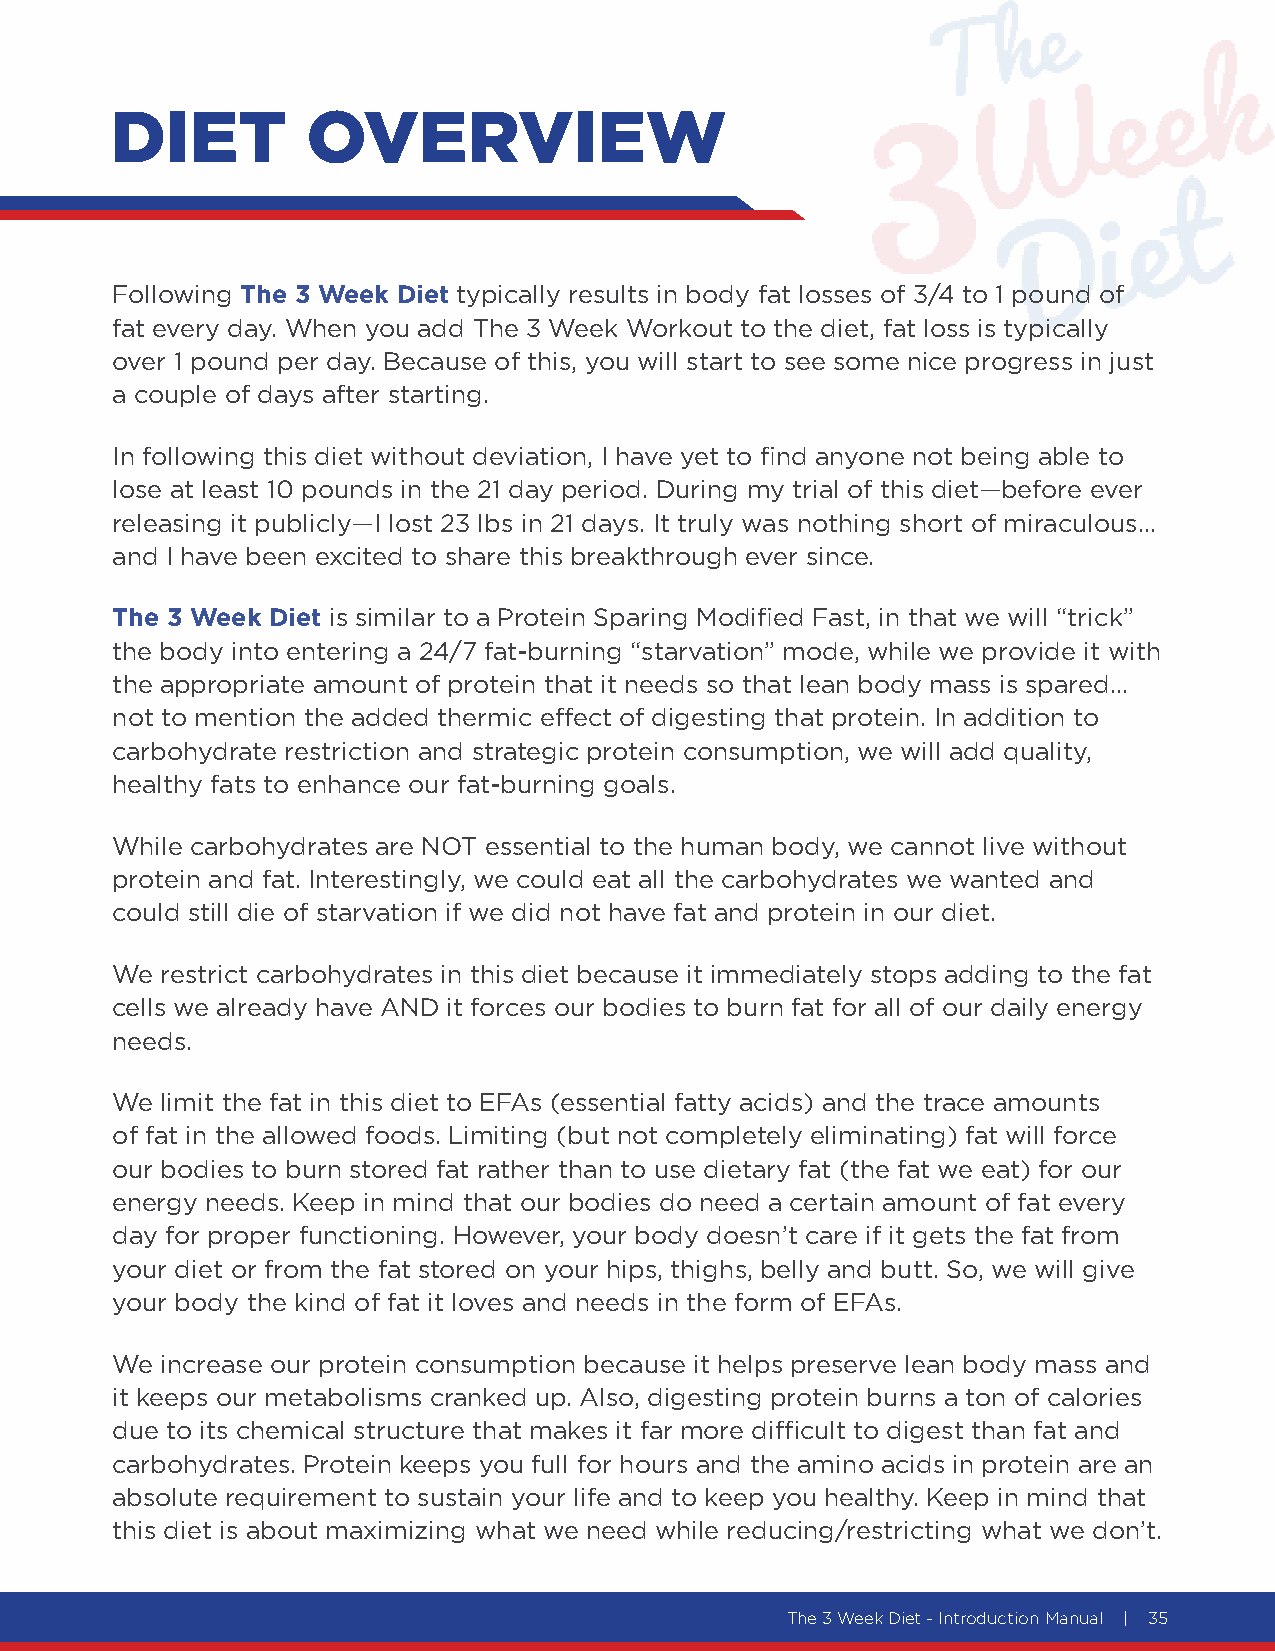
DIET         OVERVIEW
 Following The 3 Week Diet typically results in body fat losses of 3/4 to 1 pound of
 fat every day. When you add The 3 Week Workout to the diet, fat loss is typically
 over 1 pound per day. Because of this, you will start to see some nice progress in just
 a couple of days after starting.
 In following this diet without deviation, I have yet to find anyone not being able to
 lose at least 10 pounds in the 21 day period. During my trial of this diet—before ever
 releasing it publicly—I lost 23 lbs in 21 days. It truly was nothing short of miraculous…
 and I have been excited to share this breakthrough ever since.
 The 3 Week Diet is similar to a Protein Sparing Modified Fast, in that we will “trick”
 the body into entering a 24/7 fat-burning “starvation” mode, while we provide it with
 the appropriate amount of protein that it needs so that lean body mass is spared…
 not to mention the added thermic effect of digesting that protein. In addition to
 carbohydrate restriction and strategic protein consumption, we will add quality,
 healthy fats to enhance our fat-burning goals.
 While carbohydrates are NOT essential to the human body, we cannot live without
 protein and fat. Interestingly, we could eat all the carbohydrates we wanted and
 could still die of starvation if we did not have fat and protein in our diet.
 We  restrict carbohydrates in this diet because it immediately stops adding to the fat
 cells we already have AND it forces our bodies to burn fat for all of our daily energy
 needs.
 We  limit the fat in this diet to EFAs (essential fatty acids) and the trace amounts
 of fat in the allowed foods. Limiting (but not completely eliminating) fat will force
 our bodies to burn stored fat rather than to use dietary fat (the fat we eat) for our
 energy needs. Keep in mind that our bodies do need a certain amount of fat every
 day for proper functioning. However, your body doesn’t care if it gets the fat from
 your diet or from the fat stored on your hips, thighs, belly and butt. So, we will give
 your body the kind of fat it loves and needs in the form of EFAs.
 We  increase our protein consumption because it helps preserve lean body mass and
 it keeps our metabolisms cranked up. Also, digesting protein burns a ton of calories
 due to its chemical structure that makes it far more difficult to digest than fat and
 carbohydrates. Protein keeps you full for hours and the amino acids in protein are an
 absolute requirement to sustain your life and to keep you healthy. Keep in mind that
 this diet is about maximizing what we need while reducing/restricting what we don’t.
 The 3 Week Diet - Introduction Manual | 35